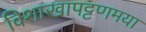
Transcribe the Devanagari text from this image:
विशाखापट्टणमया